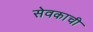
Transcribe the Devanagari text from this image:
सेवकाची